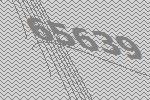
65639